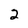
Character: 2